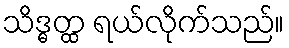
သိဒ္ဓတ္ထ ရယ်လိုက်သည်။